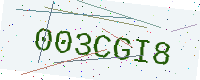
Text: 003CGI8